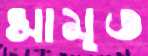
সামৃত